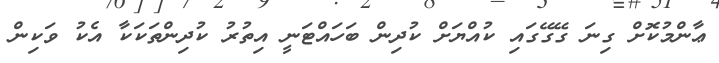
ޢާންމުކޮށް ގިނަ ގޭގޭގައި ކުއްޔަށް ކުދިން ބަހައްޓަނީ އިތުރު ކުދިންތަކަކާ އެކު ވަކިން